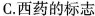
C.西药的标志